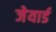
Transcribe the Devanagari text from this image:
जेयार्ड